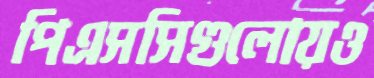
পিএসসিগুলোয়ও